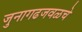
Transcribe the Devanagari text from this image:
जुनागढजवळचे